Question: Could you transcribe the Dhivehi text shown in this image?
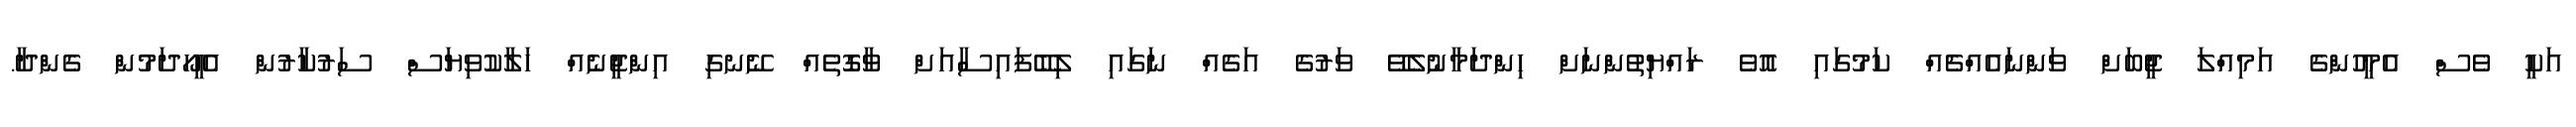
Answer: އަކީ ވެސް އެމީހުންގެ އަމިއްލަ ޖީބަށް ވަންނައެއްޗެއް ކަމުގައި އޮވެ ރައްޔިތުންނަށް ހިންދަމާނުލެވޭ ވަރުގެ އަގެއް ނަގައި ލިބޭފައިސާއަށް ވާގޮތެއް ނޭނގި އިންޖީނެއް ހަލާކުވިޔަސް ސަރުކާރުން އެހީހޯދަމުން ގެންދާ.